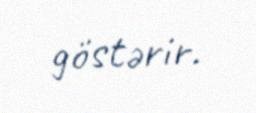
göstərir.